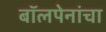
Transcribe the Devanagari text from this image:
बॉलपेनांचा